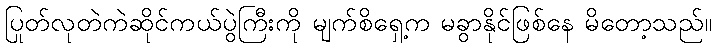
ပြုတ်လုတဲကဲဆိုင်ကယ်ပွဲကြီးကို မျက်စိရှေ့က မခွာနိုင်ဖြစ်နေ မိတော့သည်။